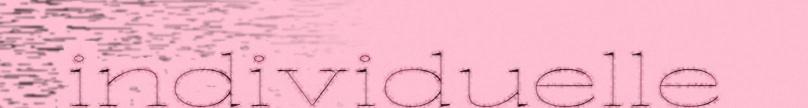
individuelle